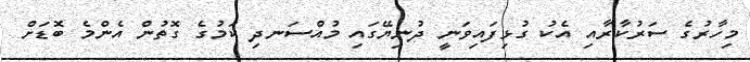
މިހާރުގެ ސަރުކާރާއި އެކު ގުޅިފައިވަނީ ދުނިޔޭގައި މުއްސަނދި ކަމުގެ ގޮތުން އެންމެ ބޮޑަށް